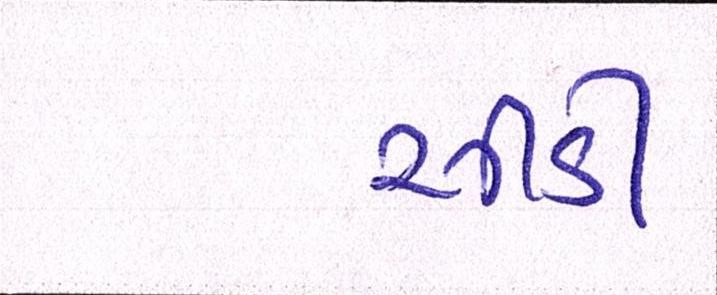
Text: સીડી